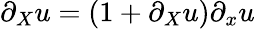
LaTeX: \partial_{X}u=(1+\partial_{X}u)\partial_{x}u